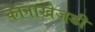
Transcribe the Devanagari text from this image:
कानाखेजडी